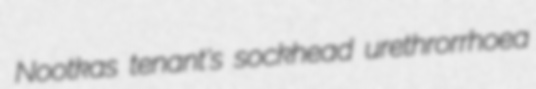
Nootkas tenant's sockhead urethrorrhoea